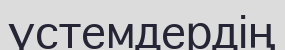
үстемдердің